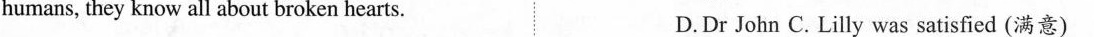
humans, they know all about broken hearts. D.Dr John C. Lilly was satisfied (满意)